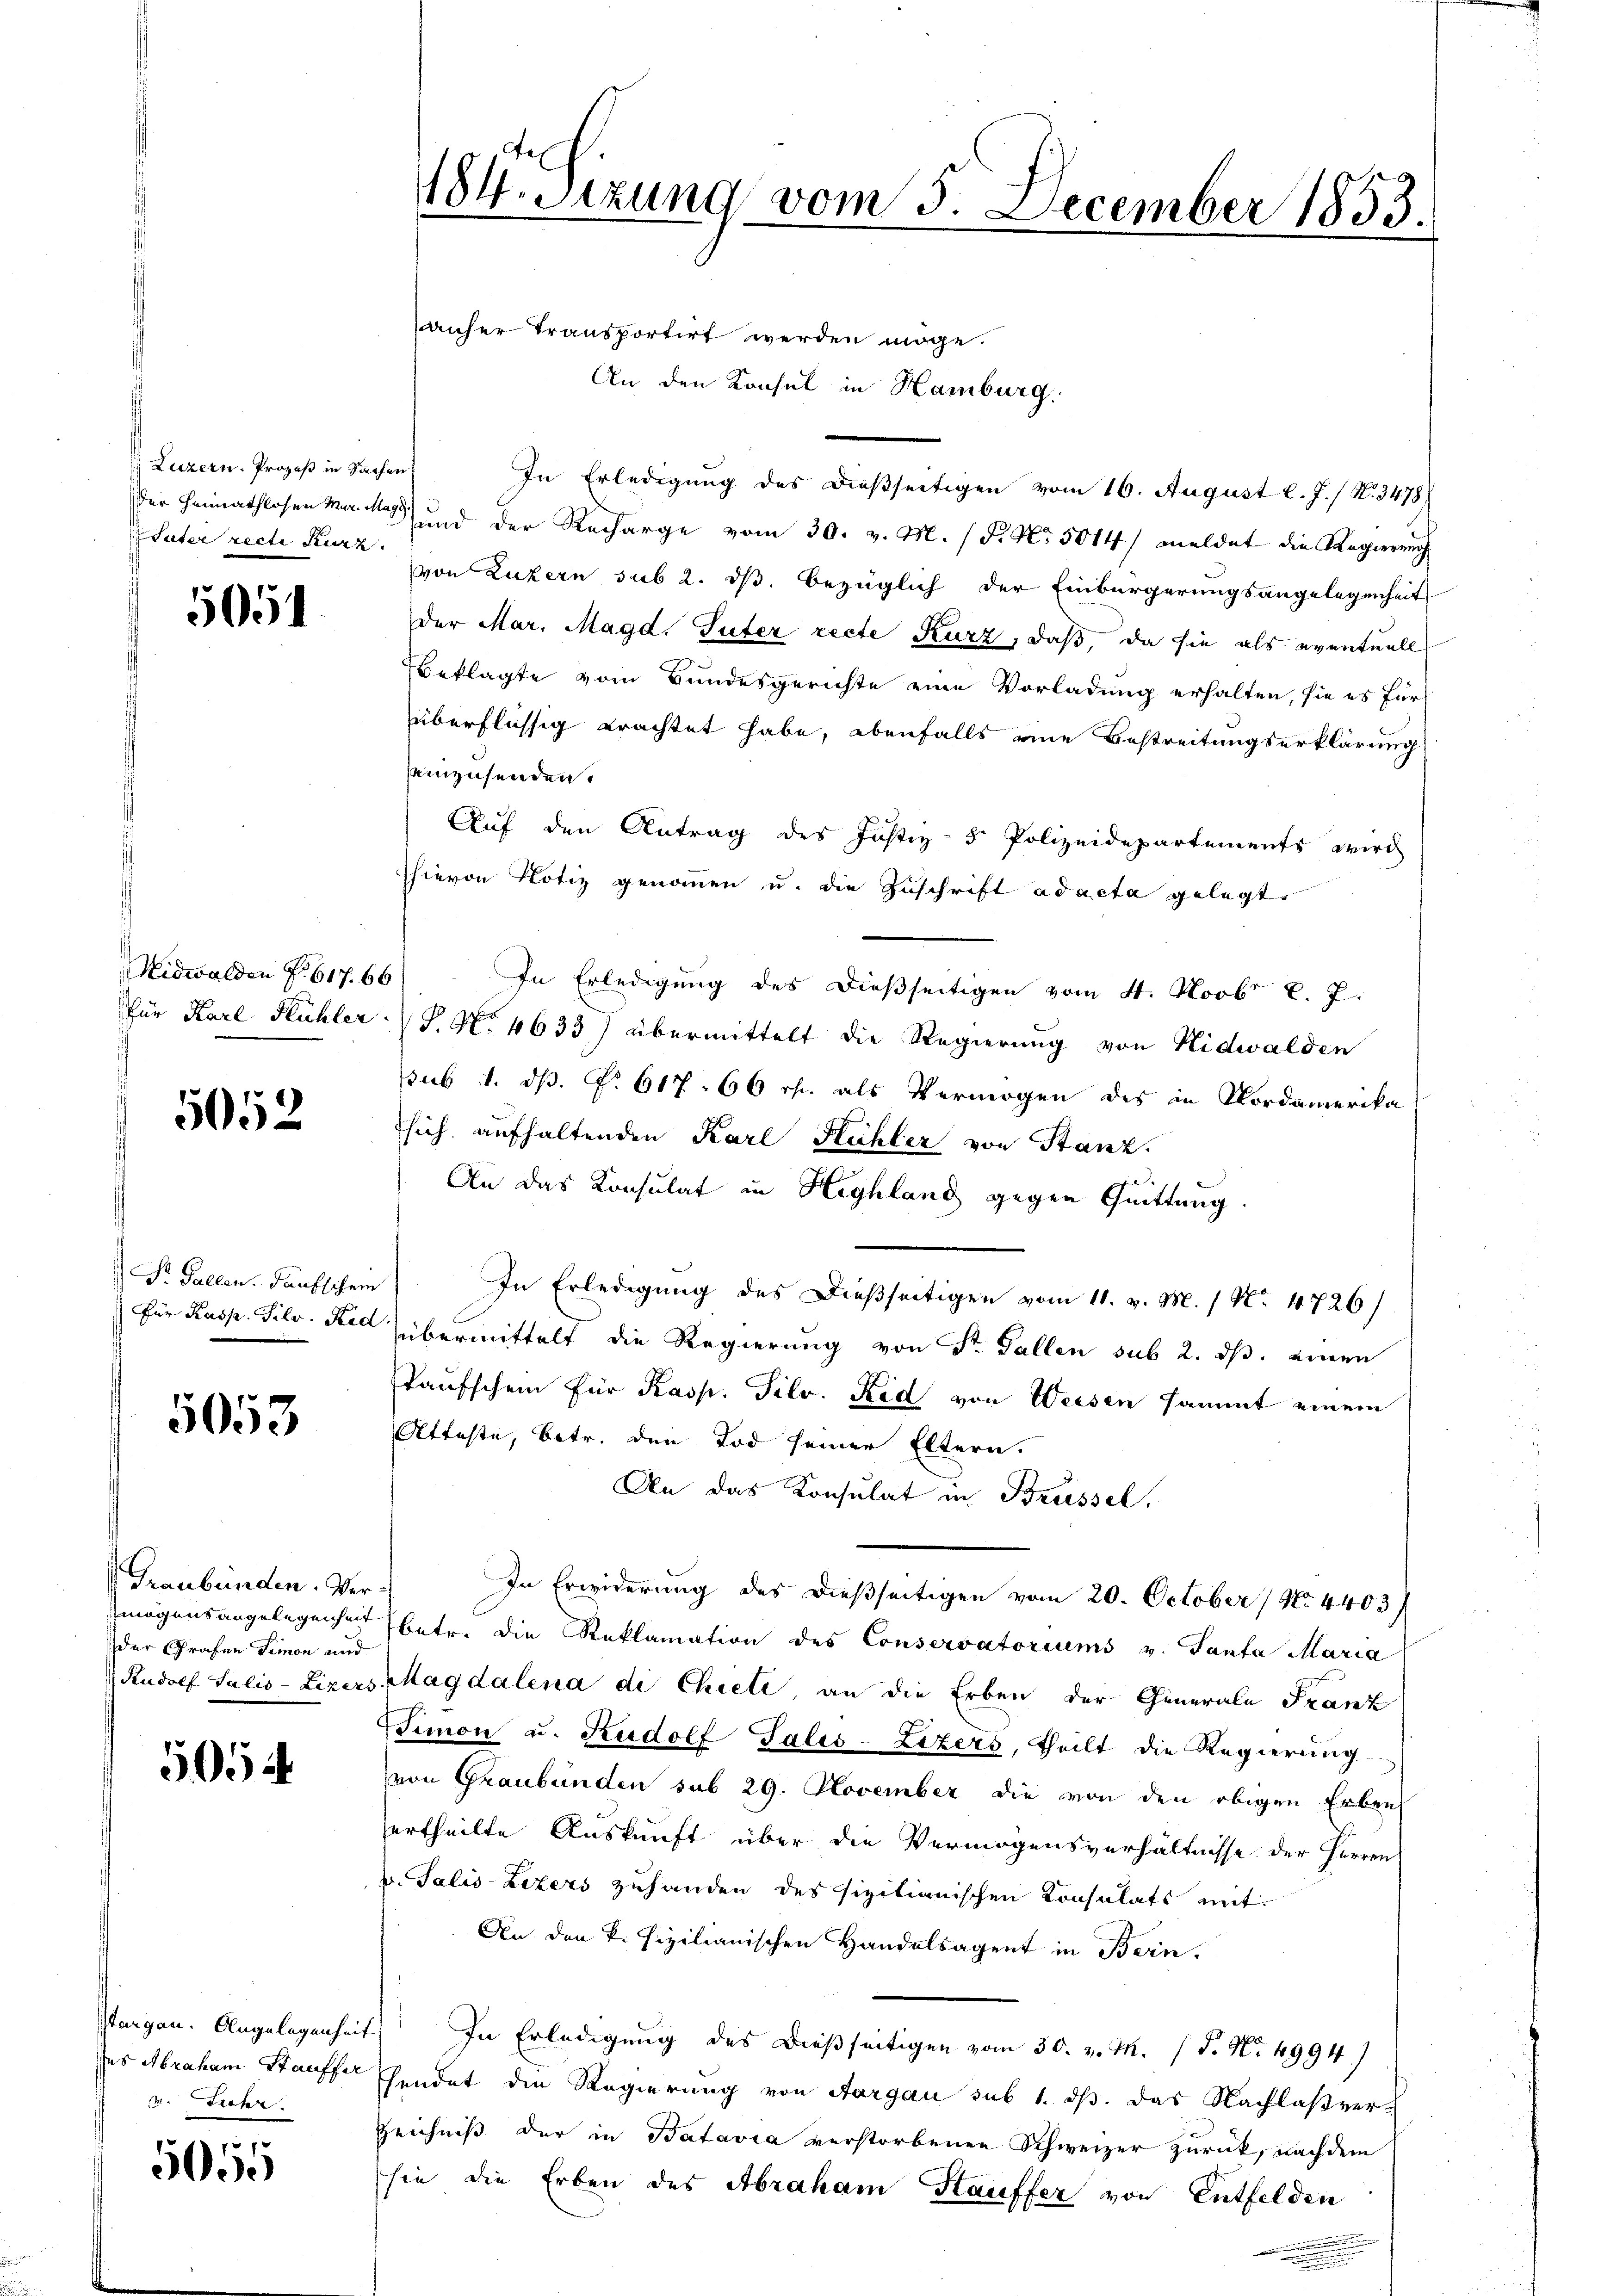
Luzern. Prozeß in Sachen
Suter recte Kurz.

5051

Midwalden f. 617. 66

5052

Dr. Gallen. Taufschein

5053

Graubünden. Ver
mögensangelegenheit
der Grafen Simon und

5054

.Fuhr

5055

184. Sitzung vom 5. December 1833.

anher transportirt werden möge.
An den Konsul in Hamburg.
In Erledigung des dießseitigen vom 16. August l. J. / N. 3478/
Der Heimathlosen vor und der Recharge vom 30. v. M. (T. No. 5014/ meldet die Regierung
von Luzern sub 2. ds. bezüglich der Einbürgerungsangelegenheit
der Mar. Magd. Guter recte Kurz, daß, da sie als eventuell
Beklagte vom Bundesgerichte eine Vorladung erhalten, sie es für
überflüssig erachtet habe, ebenfalls eine Bestreitungserklärung
einzusenden.
Auf den Antrag des Justiz- & Polizeidepartements wird
hievon Notiz genommen u. die Zuschrift ad acta gelegt.
In Erledigung des dießseitigen vom 4. Novbr l. 7.
Für Karl Flühler (S. No. 4633) übermittelt die Regierung von Nidwalden
sub 1. ds. f. 617. 66 r. als Vermögen des in Nordamerika
Esich aufhaltenden Karl Hüchler von Stanz.
An das Konsulat in Highland gegen Quittung
In Erledigung des Dießseitigen vom 11. v. M. 1 No 4726)
Für Kasp. Silv. der übermittelt die Regierung von Sr. Gallen sub 2. ds. einen
Taufschein für Kasp. Silv. Rid von Weesen sammt einem
Atteste, betr. den Tod seiner Eltern.
An das Konsulat in Streissel.
.
In Erwiderung des dießseitigen vom 20. October 1 No 4403
betr. die Reklamation des Conservatoriums u. Tanta Maria
Rudolf Salis-Lizers Magdalena di Chieli an die Erben der Generale Franz
Simon u. Rudolf Talis-Lizers, theilt die Regierung
von Graubünden sub 29. November die von den obigen Erben
ertheilte Auskunft über die Vermögensverhältnisse der Herren
u. Salis-Lezers zuhanden des sizitianischen Consulats mit
An den k. Fizilianischen Handelsagent in Bern.
stergan. Angelegenheit In Erledigung des dießseitigen vom 30. v. M. (T. No. 4994)
Jus Abraham Staff endet die Regierung von Aargau sub 1. ds. das Nachlaßver¬
Zeichniß der in Batavia verstorbenen Schweizer zurück, nachdem
sie die Erben des Abraham Hauffer von Entfelden
a